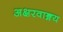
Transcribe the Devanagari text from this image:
अक्षरवाङ्मय